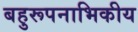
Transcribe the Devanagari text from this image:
बहुरूपनाभिकीय